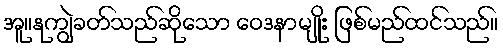
အူ။နုကျွဲခတ်သည်ဆိုသော ဝေဒနာမျိုး ဖြစ်မည်ထင်သည်။